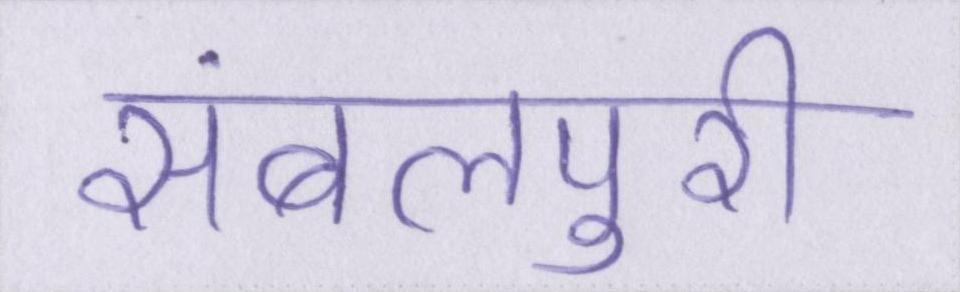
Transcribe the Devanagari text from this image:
संबलपुरी